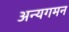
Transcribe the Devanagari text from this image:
अन्यगमन